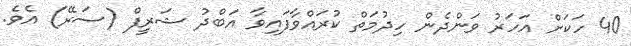
40 ހަކަށް އަހަރު ވަންދެން ހިދުމަތް ކުރައްވާފައިވާ އަބްދު ޝަރީފް (ސަރޭ) އެވެ.